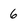
Character: 6